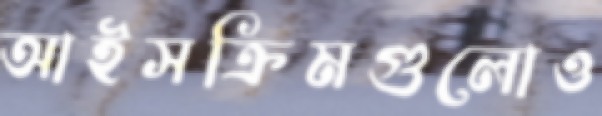
আইসক্রিমগুলোও